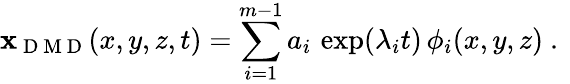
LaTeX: {\mathbf x}_{\mathrm{~D~M~D~}}(x,y,z,t)=\sum_{i=1}^{m-1}a_{i}\, \exp(\lambda_{i}t)\, \phi_{i}(x,y,z)\mathrm{~.~}